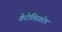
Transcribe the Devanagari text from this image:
केटेलिस्कोप